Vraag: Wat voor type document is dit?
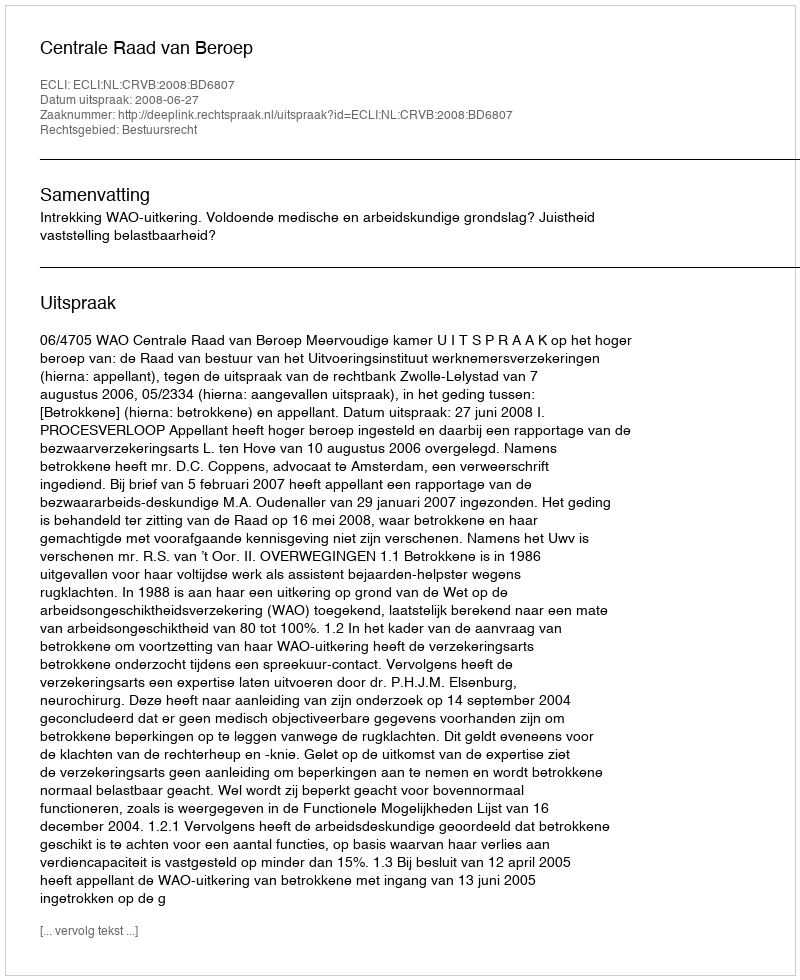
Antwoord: Uitspraak